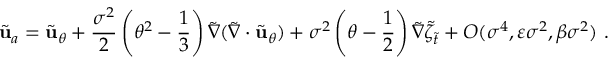
\tilde { \mathbf { u } } _ { a } = \tilde { \mathbf { u } } _ { \theta } + \frac { \sigma ^ { 2 } } { 2 } \left( \theta ^ { 2 } - \frac { 1 } { 3 } \right) \tilde { \nabla } ( \tilde { \nabla } \cdot \tilde { \mathbf { u } } _ { \theta } ) + \sigma ^ { 2 } \left( \theta - \frac { 1 } { 2 } \right) \tilde { \nabla } \tilde { \zeta } _ { \tilde { t } } + O ( \sigma ^ { 4 } , \varepsilon \sigma ^ { 2 } , \beta \sigma ^ { 2 } ) \ .